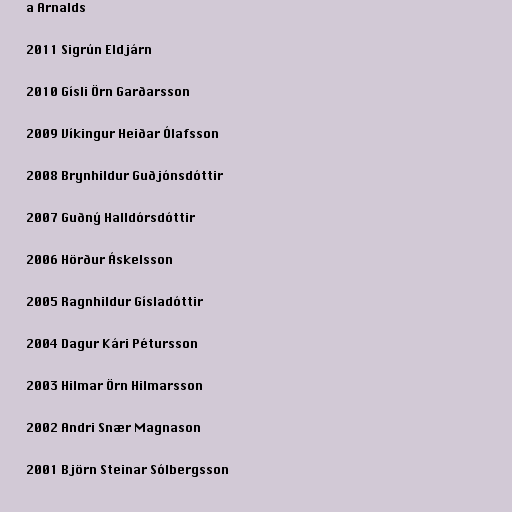
a Arnalds

2011 Sigrún Eldjárn

2010 Gísli Örn Garðarsson

2009 Víkingur Heiðar Ólafsson

2008 Brynhildur Guðjónsdóttir

2007 Guðný Halldórsdóttir

2006 Hörður Áskelsson

2005 Ragnhildur Gísladóttir

2004 Dagur Kári Pétursson

2003 Hilmar Örn Hilmarsson

2002 Andri Snær Magnason

2001 Björn Steinar Sólbergsson